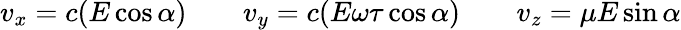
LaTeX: v_{x}=c(E\cos{\alpha})\qquad v_{y}=c(E\omega\tau\cos{\alpha})\qquad v_{z}=\mu E\sin{\alpha}